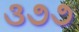
૩૭૭